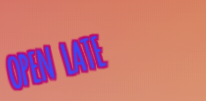
OPEN LATE